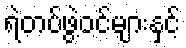
ရဲတပ်ဖွဲ့ဝင်များနှင့်